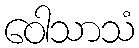
ဝေါသာသံ